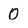
Character: 0